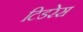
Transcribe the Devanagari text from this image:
टिडरेस